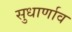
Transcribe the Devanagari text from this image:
सुधार्णाव